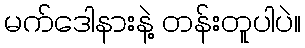
မက်ဒေါနားနဲ့ တန်းတူပါပဲ။